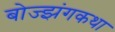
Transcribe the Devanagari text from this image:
बोज्झंगकथा